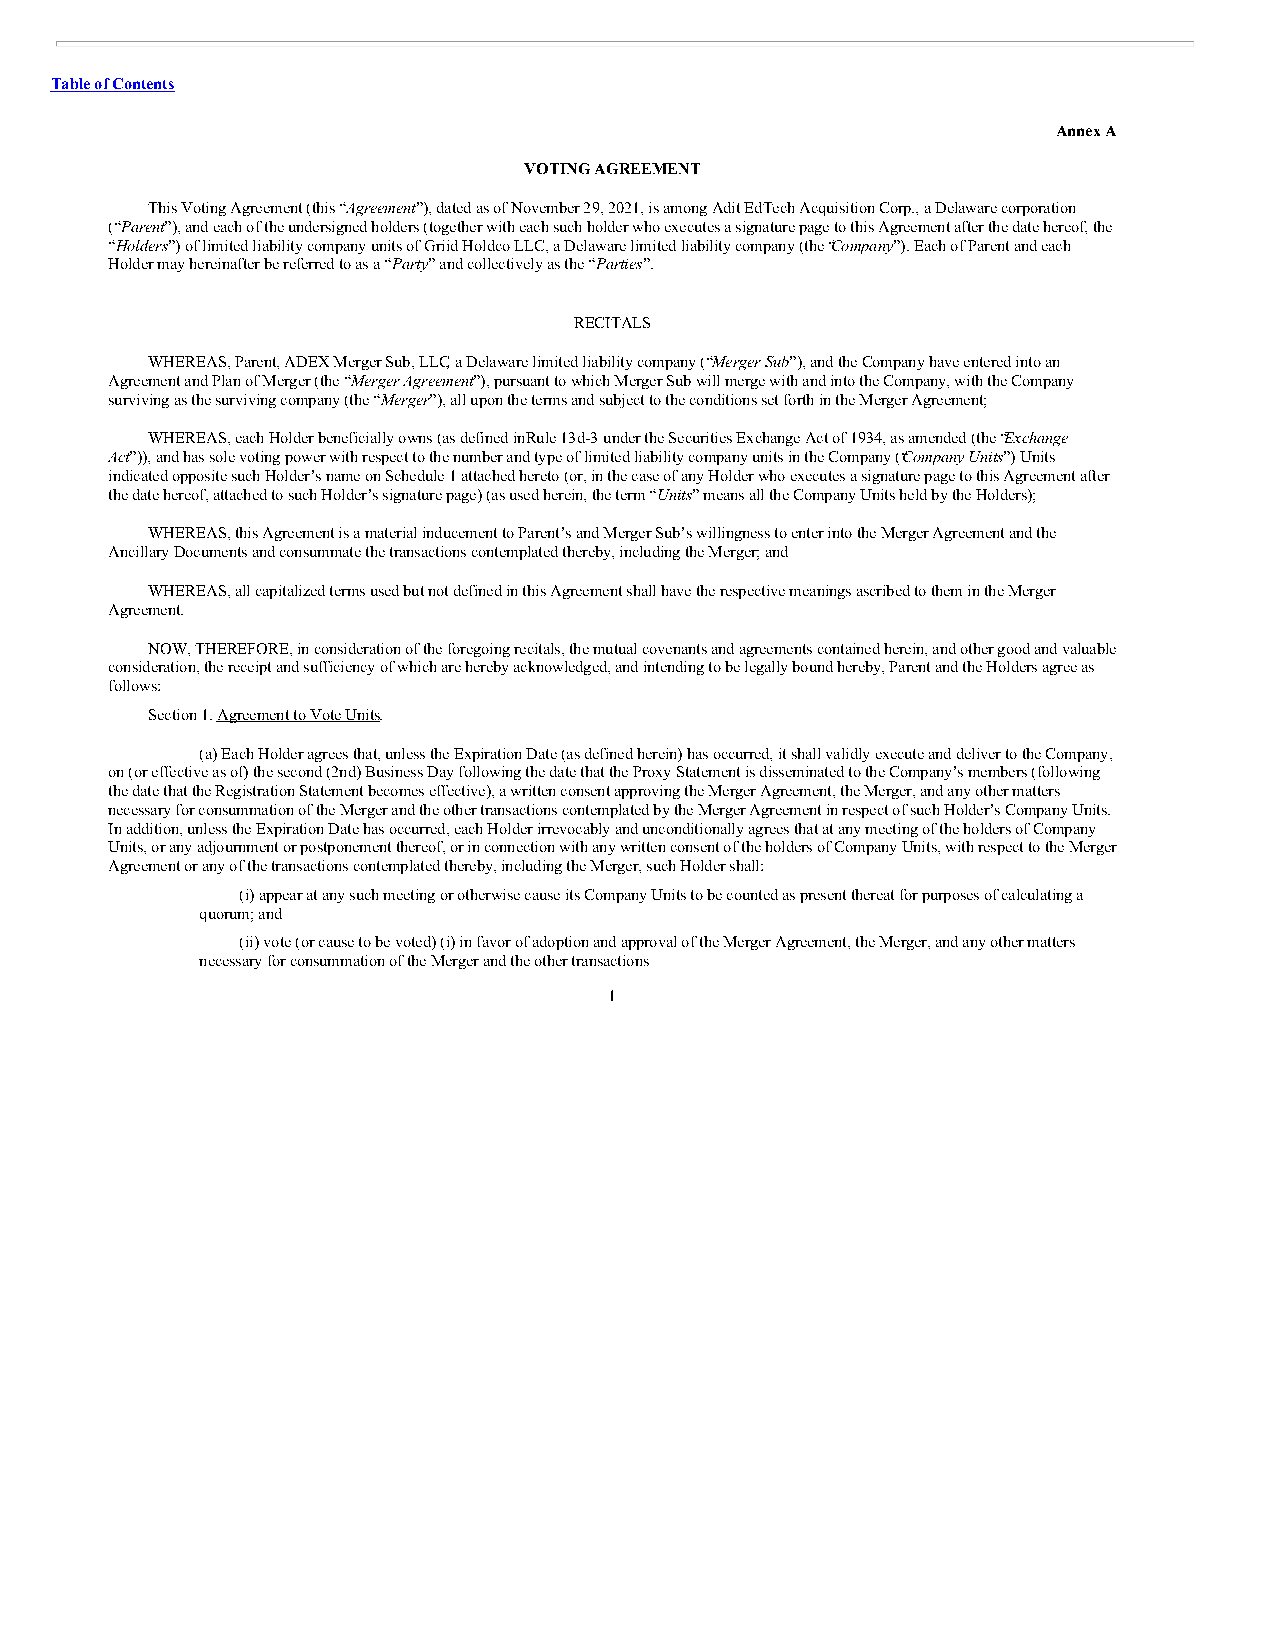
Table of Contents
 Annex A
 VOTING AGREEMENT
 This Voting Agreement (this “Agreement”), dated as of November 29, 2021, is among Adit EdTech Acquisition Corp., a Delaware corporation
 (“Parent”), and each of the undersigned holders (together with each such holder who executes a signature page to this Agreement after the date hereof, the
 “Holders”) of limited liability company units of Griid Holdco LLC, a Delaware limited liability company (the “Company”). Each of Parent and each
 Holder may hereinafter be referred to as a “Party” and collectively as the “Parties”.
 RECITALS
 WHEREAS, Parent, ADEX Merger Sub, LLC, a Delaware limited liability company (“Merger Sub”), and the Company have entered into an
 Agreement and Plan of Merger (the “Merger Agreement”), pursuant to which Merger Sub will merge with and into the Company, with the Company
 surviving as the surviving company (the “Merger”), all upon the terms and subject to the conditions set forth in the Merger Agreement;
 WHEREAS, each Holder beneficially owns (as defined in Rule 13d-3 under the Securities Exchange Act of 1934, as amended (the “Exchange
 Act”)), and has sole voting power with respect to the number and type of limited liability company units in the Company (“Company Units”) Units
 indicated opposite such Holder’s name on Schedule 1 attached hereto (or, in the case of any Holder who executes a signature page to this Agreement after
 the date hereof, attached to such Holder’s signature page) (as used herein, the term “Units” means all the Company Units held by the Holders);
 WHEREAS, this Agreement is a material inducement to Parent’s and Merger Sub’s willingness to enter into the Merger Agreement and the
 Ancillary Documents and consummate the transactions contemplated thereby, including the Merger; and
 WHEREAS, all capitalized terms used but not defined in this Agreement shall have the respective meanings ascribed to them in the Merger
 Agreement.
 NOW, THEREFORE, in consideration of the foregoing recitals, the mutual covenants and agreements contained herein, and other good and valuable
 consideration, the receipt and sufficiency of which are hereby acknowledged, and intending to be legally bound hereby, Parent and the Holders agree as
 follows:
 Section 1. Agreement to Vote Units.
 (a) Each Holder agrees that, unless the Expiration Date (as defined herein) has occurred, it shall validly execute and deliver to the Company,
 on (or effective as of) the second (2nd) Business Day following the date that the Proxy Statement is disseminated to the Company’s members (following
 the date that the Registration Statement becomes effective), a written consent approving the Merger Agreement, the Merger, and any other matters
 necessary for consummation of the Merger and the other transactions contemplated by the Merger Agreement in respect of such Holder’s Company Units.
 In addition, unless the Expiration Date has occurred, each Holder irrevocably and unconditionally agrees that at any meeting of the holders of Company
 Units, or any adjournment or postponement thereof, or in connection with any written consent of the holders of Company Units, with respect to the Merger
 Agreement or any of the transactions contemplated thereby, including the Merger, such Holder shall:
 (i) appear at any such meeting or otherwise cause its Company Units to be counted as present thereat for purposes of calculating a
 quorum; and
 (ii) vote (or cause to be voted) (i) in favor of adoption and approval of the Merger Agreement, the Merger, and any other matters
 necessary for consummation of the Merger and the other transactions
 1